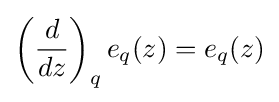
\left({\frac {d}{dz}}\right)_{q}e_{q}(z)=e_{q}(z)